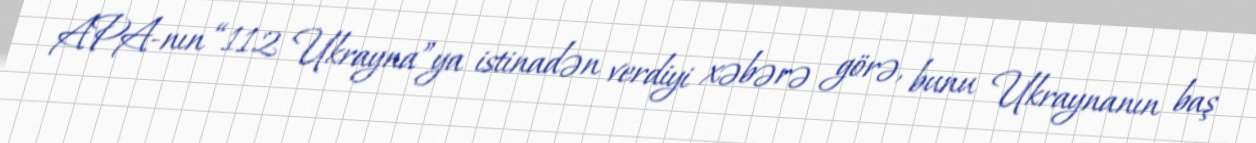
APA-nın “112 Ukrayna”ya istinadən verdiyi xəbərə görə, bunu Ukraynanın baş